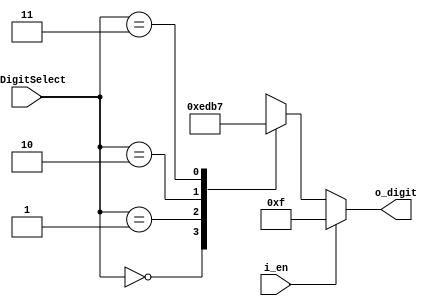
`timescale 1ns / 1ps

// input, output wire  
// wire   

module FND_Select_Decoder(
    input [1:0] i_DigitSelect,
    input i_en,
    output [3:0] o_digit
    );

    reg [3:0] r_digit;                           // reg  

    assign o_digit = r_digit;                    //     

    always @(i_DigitSelect or i_en) begin        //  ()  
        if (i_en) begin                          // 1   -> X
            r_digit = 4'b1111;                   // 4 2 1111
        end
                                                 // if, case  always   
        else begin                               // i_en = 0
            case (i_DigitSelect)                 // case ()
                2'h0 : r_digit = 4'b1110;        //  : 
                2'h1 : r_digit = 4'b1101;        //  ~  ~
                2'h2 : r_digit = 4'b1011;
                2'h3 : r_digit = 4'b0111;
            endcase
        end
    end
endmodule